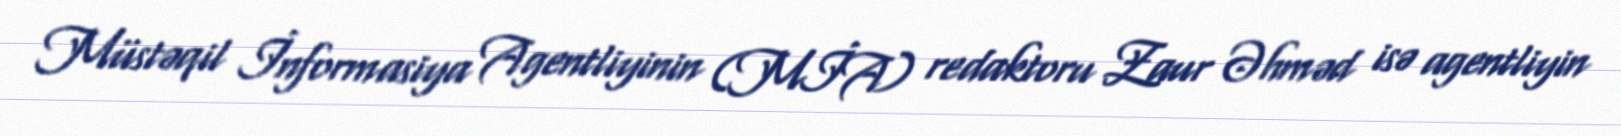
Müstəqil İnformasiya Agentliyinin (MİA) redaktoru Zaur Əhməd isə agentliyin